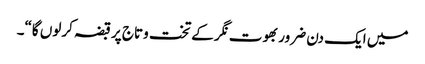
میں ایک دن ضرور بھوت نگر کے تخت وتاج پر قبضہ کرلوں گا“۔